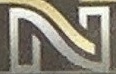
N